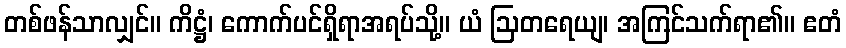
တစ်ဖန်သာလျှင်။ ကိဋ္ဌံ၊ ကောက်ပင်ရှိရာအရပ်သို့။ ယံ ဩတရေယျ၊ အကြင်သက်ရာ၏။ ဧတံ